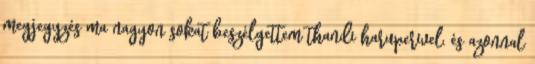
megjegyzés ma nagyon sokat beszélgettem thandi haruperivel, és azonnal